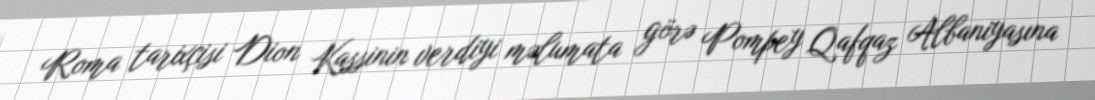
Roma tarixçisi Dion Kassinin verdiyi məlumata görə Pompey Qafqaz Albaniyasına